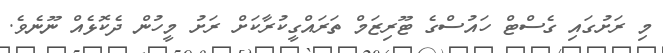
މި ރަށުގައި ގެސްޓް ހައުސްގެ ޓޫރިޒަމް ތަރައްގީކުރާކަށް ރަށު މީހުން ދެކޮޅެއް ނޫނެވެ.